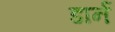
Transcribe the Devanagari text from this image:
डार्न